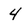
Character: 4